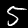
Label: 5